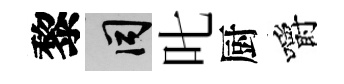
黎间叱厨嚼